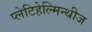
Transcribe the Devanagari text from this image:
प्लेटिहेल्मिन्थीज